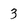
Character: 3